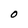
Character: O